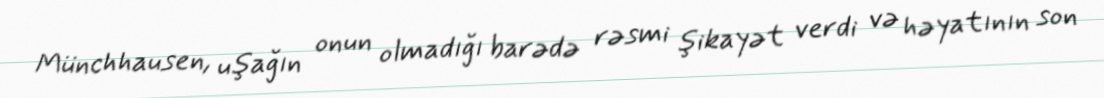
Münchhausen, uşağın onun olmadığı barədə rəsmi şikayət verdi və həyatının son